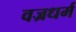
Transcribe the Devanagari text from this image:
वज्रधर्म